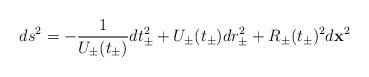
LaTeX: \begin{align*}ds^2 = -\frac{1}{U_\pm(t_\pm)} dt_\pm^2 + U_\pm(t_\pm)dr_\pm^2 +R_\pm (t_\pm)^2 d{\bf x}^2\end{align*}